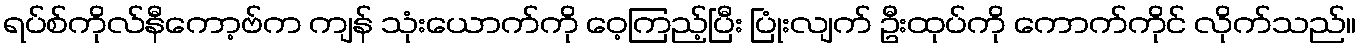
ရပ်စ်ကိုလ်နီကော့ဗ်က ကျန် သုံးယောက်ကို ဝေ့ကြည့်ပြီး ပြုံးလျက် ဦးထုပ်ကို ကောက်ကိုင် လိုက်သည်။